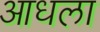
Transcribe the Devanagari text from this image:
आधला